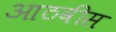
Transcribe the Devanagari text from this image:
आठवीस